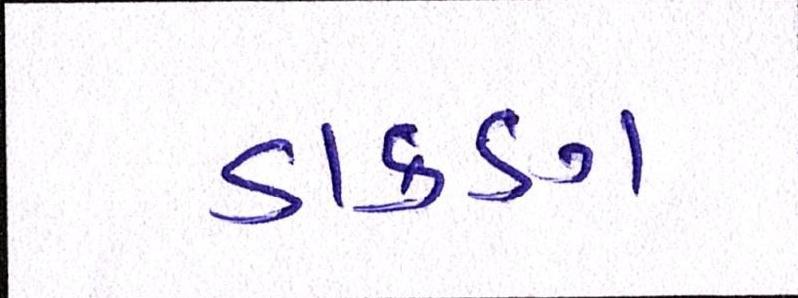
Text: ડાકણ